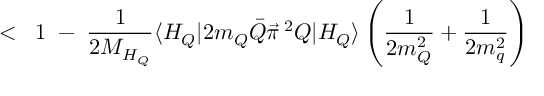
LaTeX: < \; \; 1 \; - \; \frac { 1 } { 2 M _ { H _ { Q } } } \langle H _ { Q } | 2 m _ { Q } \bar { Q } \vec { \pi } \, ^ { 2 } Q | H _ { Q } \rangle \left( \frac { 1 } { 2 m _ { Q } ^ { 2 } } + \frac { 1 } { 2 m _ { q } ^ { 2 } } \right)